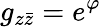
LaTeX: g_{z\bar{z}}=e^{\varphi}